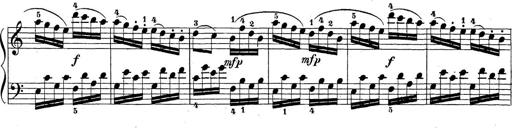
Title: Sonatina Album
Composer: Louis KÃ¶hler